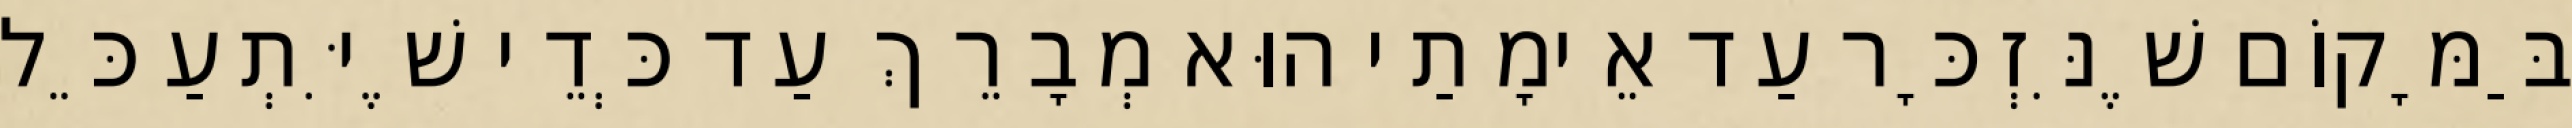
בַּמָּקוֹם שֶׁנִּזְכָּר עַד אֵימָתַי הוּא מְבָרֵךְ עַד כְּדֵי שֶׁיִּתְעַכֵּל